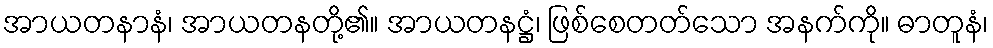
အာယတနာနံ၊ အာယတနတို့၏။ အာယတနဋ္ဌံ၊ ဖြစ်စေတတ်သော အနက်ကို။ ဓာတူနံ၊